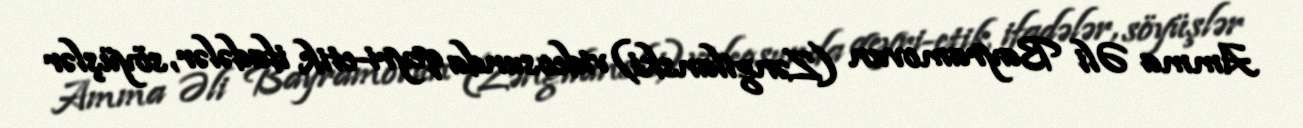
Amma Əli Bayramovun (Zəngilanski) videosunda qeyri-etik ifadələr, söyüşlər